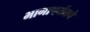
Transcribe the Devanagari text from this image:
भागापर्यतचे